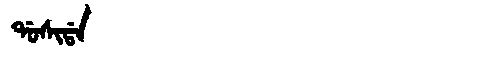
Manchu: ᡩᠣᠰᡳᡩᠠ
Romanization: DOSIDA